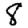
Digit: 8